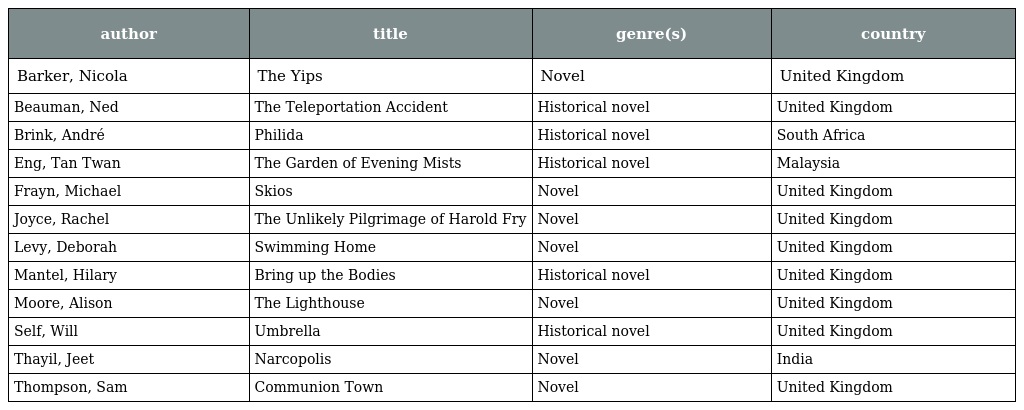
| author | title | genre(s) | country |
 | --- | --- | --- | --- |
 | Barker, Nicola | The Yips | Novel | United Kingdom |
 | Beauman, Ned | The Teleportation Accident | Historical novel | United Kingdom |
 | Brink, André | Philida | Historical novel | South Africa |
 | Eng, Tan Twan | The Garden of Evening Mists | Historical novel | Malaysia |
 | Frayn, Michael | Skios | Novel | United Kingdom |
 | Joyce, Rachel | The Unlikely Pilgrimage of Harold Fry | Novel | United Kingdom |
 | Levy, Deborah | Swimming Home | Novel | United Kingdom |
 | Mantel, Hilary | Bring up the Bodies | Historical novel | United Kingdom |
 | Moore, Alison | The Lighthouse | Novel | United Kingdom |
 | Self, Will | Umbrella | Historical novel | United Kingdom |
 | Thayil, Jeet | Narcopolis | Novel | India |
 | Thompson, Sam | Communion Town | Novel | United Kingdom |